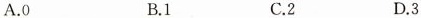
A.0 B.1 C.2 D.3